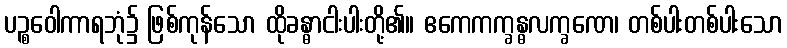
ပဉ္စဝေါကာရဘုံ၌ ဖြစ်ကုန်သော ထိုခန္ဓာငါးပါးတို့၏။ ဧကေကက္ခန္ဓလက္ခဏေ၊ တစ်ပါးတစ်ပါးသော